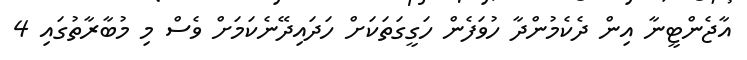
އާޖެންޓީނާ އިން ދެކެމުންދާ ހުވަފެން ހަގީގަތަކަށް ހަދައިދޭނެކަމަށް ވެސް މި މުބާރާތުގައި 4